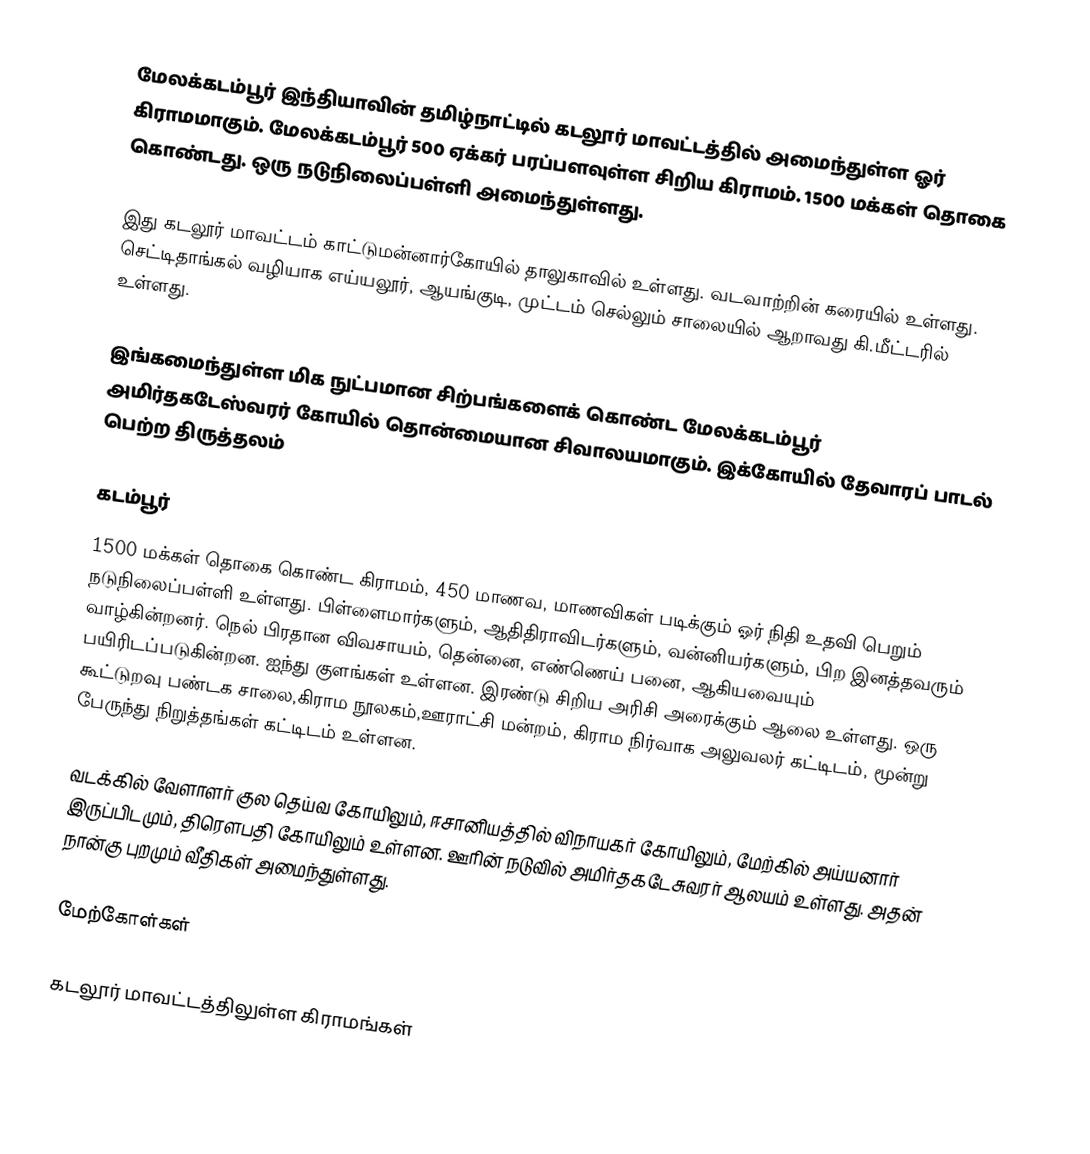
மேலக்கடம்பூர்  இந்தியாவின் தமிழ்நாட்டில் கடலூர் மாவட்டத்தில் அமைந்துள்ள ஓர் கிராமமாகும். மேலக்கடம்பூர் 500 ஏக்கர் பரப்பளவுள்ள சிறிய கிராமம். 1500 மக்கள் தொகை கொண்டது. ஒரு நடுநிலைப்பள்ளி அமைந்துள்ளது.

இது  கடலூர் மாவட்டம் காட்டுமன்னார்கோயில் தாலுகாவில் உள்ளது. வடவாற்றின் கரையில் உள்ளது. செட்டிதாங்கல் வழியாக எய்யலூர், ஆயங்குடி, முட்டம் செல்லும் சாலையில் ஆறாவது கி.மீட்டரில் உள்ளது.

இங்கமைந்துள்ள மிக நுட்பமான சிற்பங்களைக் கொண்ட மேலக்கடம்பூர் அமிர்தகடேஸ்வரர் கோயில் தொன்மையான சிவாலயமாகும். இக்கோயில் தேவாரப் பாடல் பெற்ற திருத்தலம்

கடம்பூர்
1500 மக்கள் தொகை கொண்ட கிராமம், 450 மாணவ, மாணவிகள் படிக்கும் ஓர் நிதி உதவி பெறும் நடுநிலைப்பள்ளி உள்ளது. பிள்ளைமார்களும், ஆதிதிராவிடர்களும், வன்னியர்களும், பிற இனத்தவரும் வாழ்கின்றனர். நெல் பிரதான விவசாயம், தென்னை, எண்ணெய் பனை, ஆகியவையும் பயிரிடப்படுகின்றன. ஐந்து குளங்கள் உள்ளன. இரண்டு சிறிய அரிசி அரைக்கும் ஆலை உள்ளது. ஒரு கூட்டுறவு பண்டக சாலை,கிராம நூலகம்,ஊராட்சி மன்றம், கிராம நிர்வாக அலுவலர் கட்டிடம், மூன்று பேருந்து நிறுத்தங்கள் கட்டிடம் உள்ளன.

வடக்கில் வேளாளர் குல தெய்வ கோயிலும், ஈசானியத்தில் விநாயகர் கோயிலும், மேற்கில் அய்யனார் இருப்பிடமும், திரௌபதி கோயிலும் உள்ளன. ஊரின் நடுவில் அமிர்தகடேசுவரர் ஆலயம் உள்ளது. அதன் நான்கு புறமும் வீதிகள் அமைந்துள்ளது.

மேற்கோள்கள்

கடலூர் மாவட்டத்திலுள்ள கிராமங்கள்